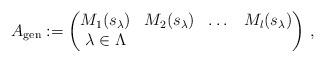
LaTeX: \begin{align*} A_{\rm gen} := \begin{pmatrix}M_1(s_{\lambda}) & M_2(s_{\lambda}) & \dots & M_{l}(s_{\lambda}) \\ \lambda \in \Lambda\end{pmatrix} \, , \end{align*}